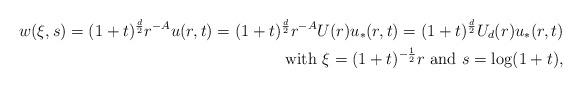
LaTeX: \begin{align*}w(\xi,s)=(1+t)^{\frac{d}{2}}r^{-A}u(r,t)=(1+t)^{\frac{d}{2}}r^{-A}U(r)u_*(r,t)=(1+t)^{\frac{d}{2}}U_d(r)u_*(r,t) & \\\mbox{with $\xi=(1+t)^{-\frac{1}{2}}r$ and $s=\log(1+t)$}, & \end{align*}